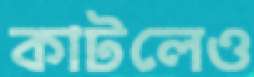
কাটলেও